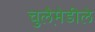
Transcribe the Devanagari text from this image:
चुलैमे़डीले